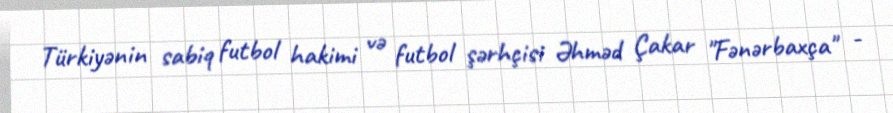
Türkiyənin sabiq futbol hakimi və futbol şərhçisi Əhməd Çakar "Fənərbaxça" -